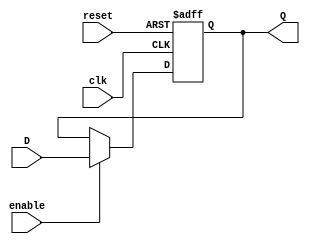
module FlipFlopRegister #(
    parameter N = 8  // Define the number of bits the register can store
)(
    input wire clk,           // Clock signal
    input wire reset,         // Asynchronous reset signal
    input wire enable,        // Enable signal for capturing input
    input wire [N-1:0] D,     // Parallel input for data
    output reg [N-1:0] Q      // Parallel output for stored data
);

    always @(posedge clk or posedge reset) begin
        if (reset) begin
            Q <= {N{1'b0}};  // Reset all bits to zero
        end else if (enable) begin
            Q <= D;          // Capture input on enable signal
        end
        // If enable is low, Q retains its previous value
    end

endmodule